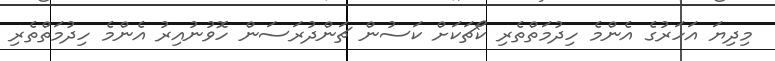
މިދިޔަ އަހަރުގެ އެންމެ ހިދުމަތްތެރި ކޯޗަކަށް ކަސުން ޗަންދުރަސަން ހޮވުނުއިރު އެންމެ ހިދުމަތްތެރި